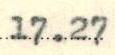
17.27